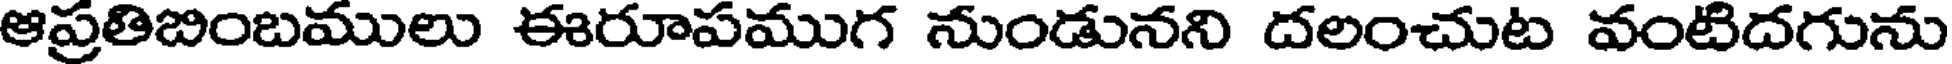
ఆప్రతిబింబములు ఈరూపముగ నుండునని దలంచుట వంటిదగును